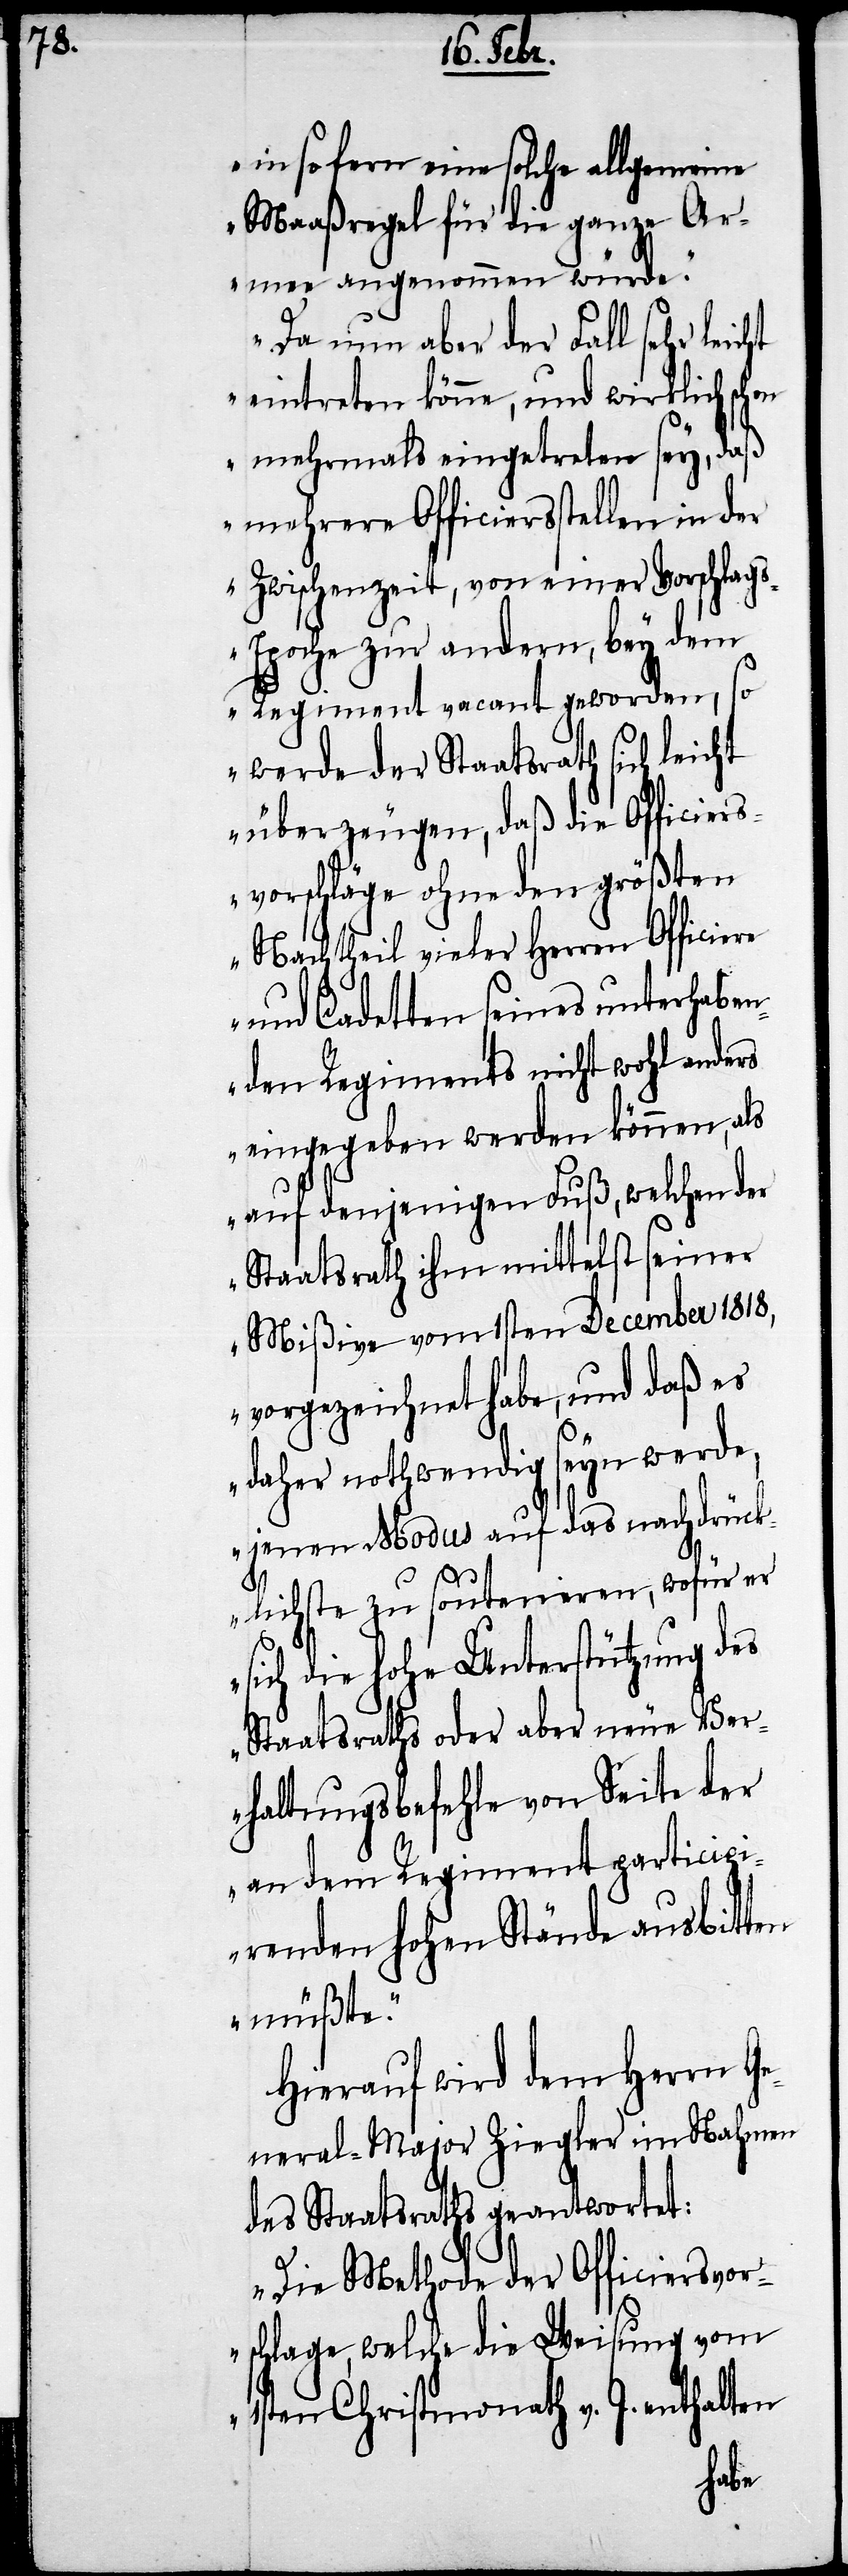
insofern eine solche allgemeine
Maaßregel für die ganze Ar¬
mee angenommen würde.
Da nun aber der Fall sehr leicht
eintreten könne, und wirklich schon
mehrmals eingetreten sey, daß
mehrere Officiersstellen in der
Zwischenzeit, von einer Vorschlag¬
s-Epoche zur andern, bey dem
Regiment vacant geworden, so
werde der Staatsrath sich leicht
überzeugen, daß die Officiers¬
vorschläge ohne den größten
Nachtheil vieler Herren Officiere
und Cadetten seines unterhaben¬
den Regiments nicht wohl anders
eingegeben werden können, als
auf denjenigen Fuß, welcher der
Staatsrath ihm mittelst seiner
Mißive vom 1sten December 1818,
vorgezeichnet habe, und daß es
daher nothwendig seyn werde,
jenen Modus auf das nachdrück¬
lichste zu soutenieren, wofür er
sich die hohe Unterstützung des
Staatsraths oder aber neue Ver¬
haltungsbefehle von Seite der
an dem Regiment participi¬
renden hohen Stände ausbitten
müßte.“
Hierauf wird dem Herren Ge¬
neral-Major Ziegler im Nahmen
des Staatsraths geantwortet:
„Die Methode der Officiersvor¬
schlage, welche die Weisung vom
1sten Christmonath v. J. enthalten